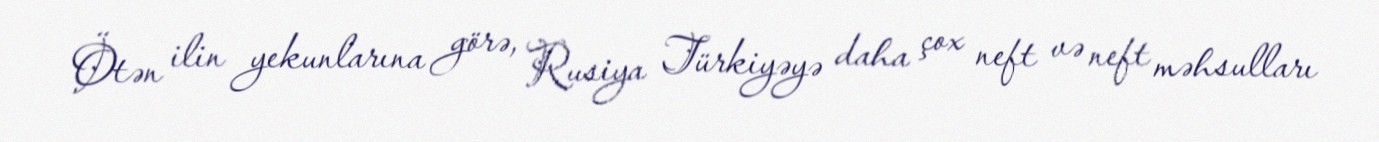
Ötən ilin yekunlarına görə, Rusiya Türkiyəyə daha çox neft və neft məhsulları